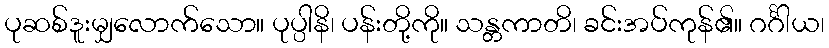
ပုဆစ်ဒူးမျှလောက်သော။ ပုပ္ပါနိ၊ ပန်းတို့ကို။ သန္တကာတိ၊ ခင်းအပ်ကုန်၏။ ဂင်္ဂါယ၊